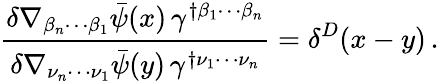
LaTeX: \frac{\delta\nabla_{\beta_{n}\cdots\beta_{1}}\bar{\psi}(x)\, \gamma^{\dagger\beta_{1}\cdots\beta_{n}}}{\delta\nabla_{\nu_{n}\cdots\nu_{1}}\bar{\psi}(y)\, \gamma^{\dagger\nu_{1}\cdots\nu_{n}}}=\delta^{D}(x-y)\, .